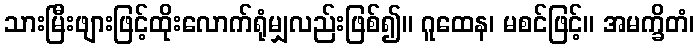
သားမြီးဖျားဖြင့်ထိုးလောက်ရုံမျှလည်းဖြစ်၍။ ဂူထေန၊ မစင်ဖြင့်။ အမက္ခိတံ၊